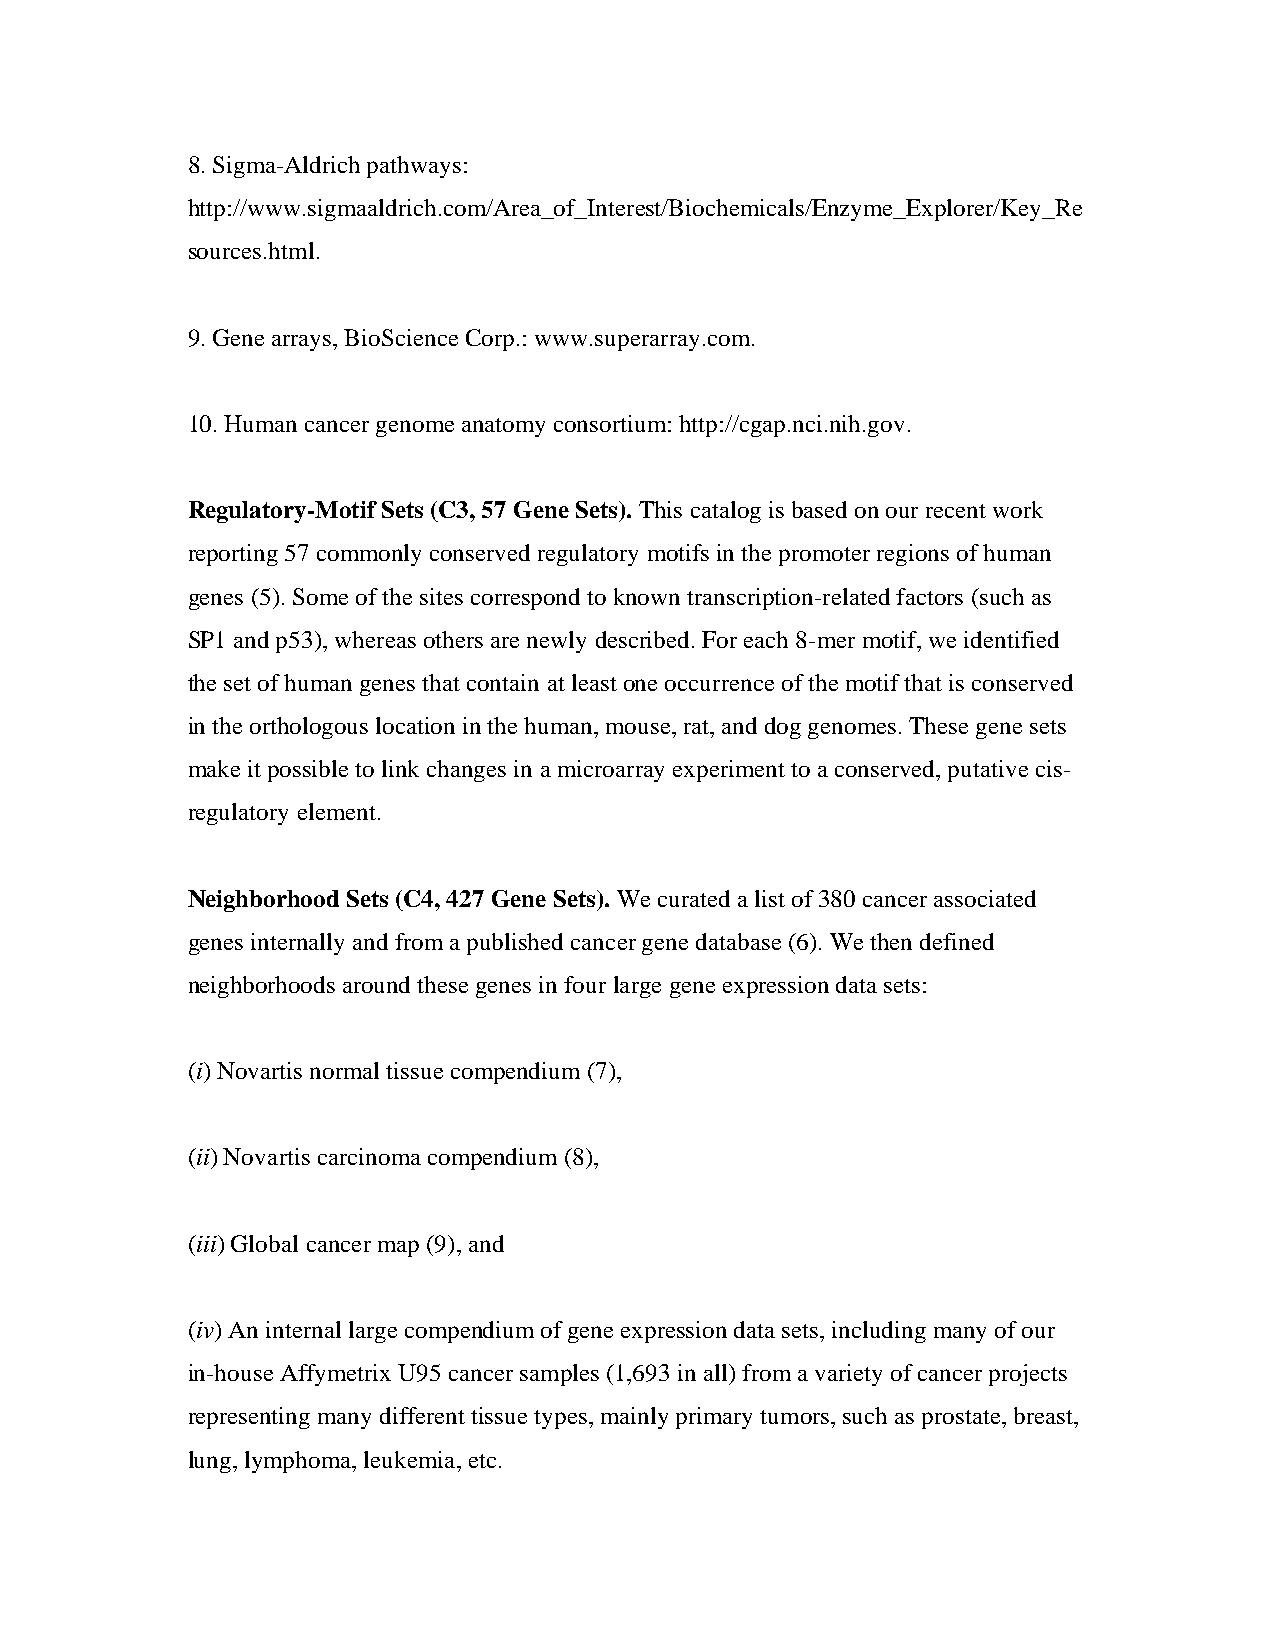
8. Sigma-Aldrich pathways:
 http://www.sigmaaldrich.com/Area_of_Interest/Biochemicals/Enzyme_Explorer/Key_Re
 sources.html.
 9. Gene arrays, BioScience Corp.: www.superarray.com.
 10. Human cancer genome anatomy consortium: http://cgap.nci.nih.gov.
 Regulatory-Motif Sets (C3, 57 Gene Sets). This catalog is based on our recent work
 reporting 57 commonly conserved regulatory motifs in the promoter regions of human
 genes (5). Some of the sites correspond to known transcription-related factors (such as
 SP1 and p53), whereas others are newly described. For each 8-mer motif, we identified
 the set of human genes that contain at least one occurrence of the motif that is conserved
 in the orthologous location in the human, mouse, rat, and dog genomes. These gene sets
 make it possible to link changes in a microarray experiment to a conserved, putative cis-
 regulatory element.
 Neighborhood Sets (C4, 427 Gene Sets). We curated a list of 380 cancer associated
 genes internally and from a published cancer gene database (6). We then defined
 neighborhoods around these genes in four large gene expression data sets:
 (i) Novartis normal tissue compendium (7),
 (ii) Novartis carcinoma compendium (8),
 (iii) Global cancer map (9), and
 (iv) An internal large compendium of gene expression data sets, including many of our
 in-house Affymetrix U95 cancer samples (1,693 in all) from a variety of cancer projects
 representing many different tissue types, mainly primary tumors, such as prostate, breast,
 lung, lymphoma, leukemia, etc.